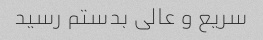
سریع و عالی بدستم رسید